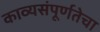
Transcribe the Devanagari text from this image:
काव्यसंपूर्णतेचा